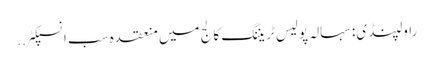
راولپنڈی: سہالہ پولیس ٹریننگ کالج میں منعقدہ سب انسپکٹر ..